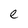
Character: e